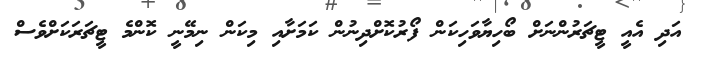
އަދި އެއީ ޓީޗަރުންނަށް ބޯހިޔާވަހިކަން ފޯރުކޮށްދިނުން ކަމަށާއި މިކަން ނިމޭނީ ކޮންމެ ޓީޗަރަކަށްވެސް